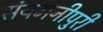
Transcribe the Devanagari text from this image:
संयमनीपुरी